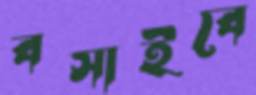
বসাইবে